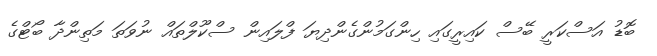
ބޮޑު އަސްކަރީ ބޭސް ކައިރީގައި ހިންގަމުންގެންދިޔަ ފްލައިން ސްކޫލްތައް ނުވަތަ މަތިންދާ ބޯޓްގެ